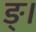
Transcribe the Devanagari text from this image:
ङ्।